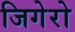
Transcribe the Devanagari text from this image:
जिगेरो